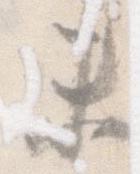
未